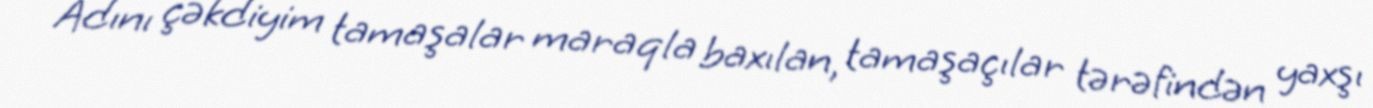
Adını çəkdiyim tamaşalar maraqla baxılan, tamaşaçılar tərəfindən yaxşı